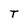
Character: T